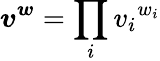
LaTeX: {\boldsymbol v}^{\boldsymbol w}=\prod_{i}{v_{i}}^{w_{i}}